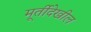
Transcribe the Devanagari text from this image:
मूर्तीदेखील